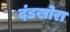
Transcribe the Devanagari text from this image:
दंडखोरा